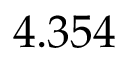
4 . 3 5 4